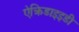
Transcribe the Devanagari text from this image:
ऐक्रिडाइइडी